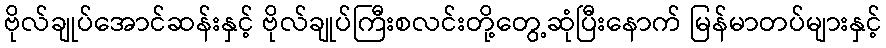
ဗိုလ်ချုပ်အောင်ဆန်းနှင့် ဗိုလ်ချုပ်ကြီးစလင်းတို့တွေ့ဆုံပြီးနောက် မြန်မာတပ်များနှင့်